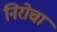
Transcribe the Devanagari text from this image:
निरोचा